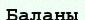
Баланы